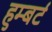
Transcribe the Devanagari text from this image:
हुम्बर्ट